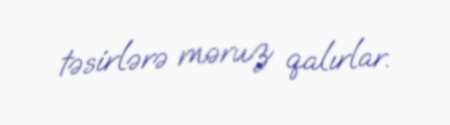
təsirlərə məruz qalırlar.